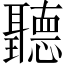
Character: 聽